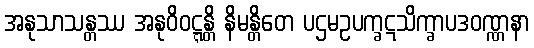
အနုသာသန္တဿ အနုဝိဝဋ္ဋန္တိ နိမန္တိတေ ပဌမဥပက္ခဋသိက္ခာပဒဝဏ္ဏနာ